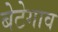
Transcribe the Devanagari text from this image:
बेटेगाव